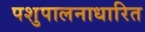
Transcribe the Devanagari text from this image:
पशुपालनाधारित